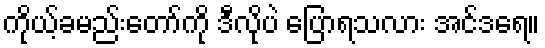
ကိုယ့်ခမည်းတော်ကို ဒီလိုပဲ ပြောရသလား အင်ဒရေ။